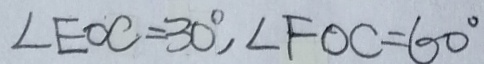
\angle E O C = 3 0 ^ { \circ } , \angle F O C = 6 0 ^ { \circ }